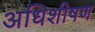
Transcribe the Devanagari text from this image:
अधिशीषण